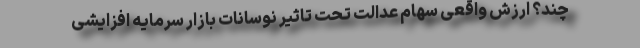
چند؟ ارزش واقعی سهام عدالت تحت تاثیر نوسانات بازار سرمایه افزایشی